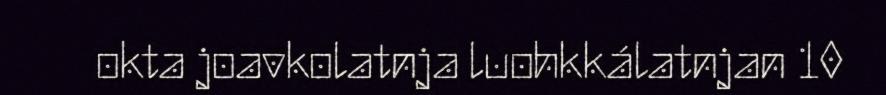
okta joavkolatnja luohkkálatnjan 10